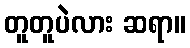
တူတူပဲလား ဆရာ။